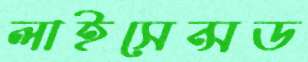
লাইসেন্সড